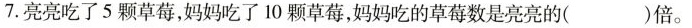
7.亮亮吃了5颗草莓，妈妈吃了10颗草莓，妈妈吃的草莓数是亮亮的( )倍